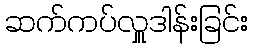
ဆက်ကပ်လှူဒါန်းခြင်း